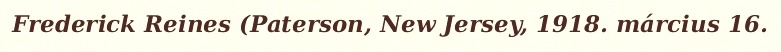
Frederick Reines (Paterson, New Jersey, 1918. március 16.